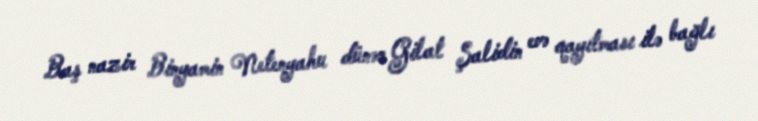
Baş nazir Binyamin Netenyahu dünən Gilat Şalidin evə qayıtması ilə bağlı